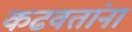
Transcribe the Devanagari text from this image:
कढवतांना